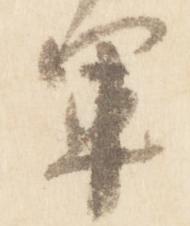
軍